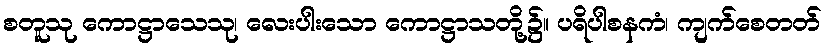
စတူသု ကောဋ္ဌာသေသု၊ လေးပါးသော ကောဋ္ဌာသတို့၌။ ပရိပါစနကံ၊ ကျက်စေတတ်